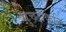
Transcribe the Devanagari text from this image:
गुच्छाकृति